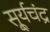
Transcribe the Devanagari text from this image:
सू्र्यचंद्र